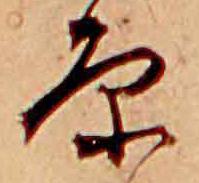
原